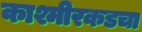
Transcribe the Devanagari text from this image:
काश्मीरकडचा